Report on vaccination North-West Frontier Province 1904-1922 - 1904-1922
Year: 1904
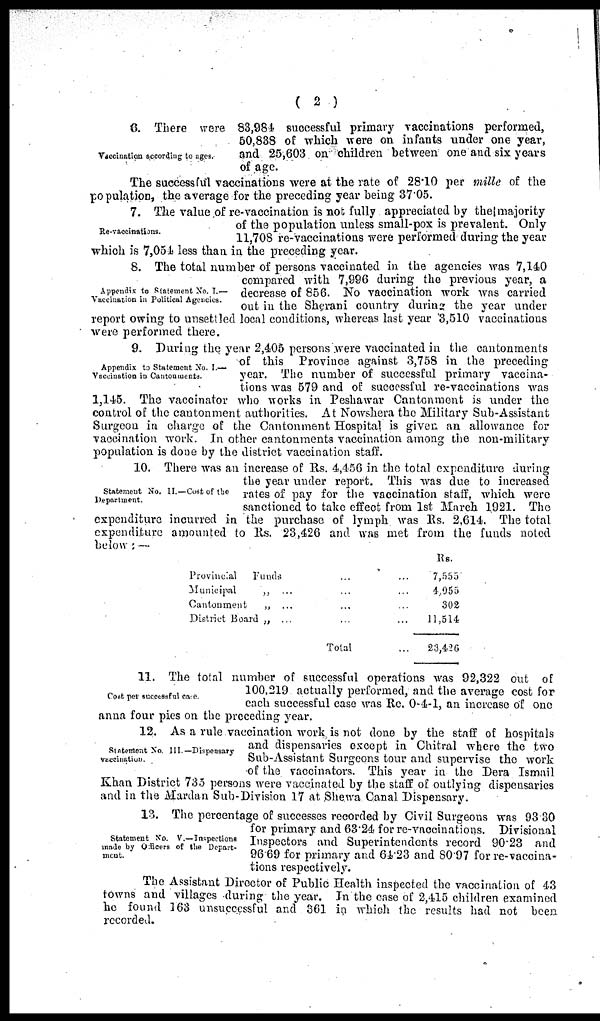
( 2 )
Vaccination according to ages.
6. There were 83,984 successful primary vaccinations performed,
50,838 of which were on infants under one year,
and 25,603 on children between one and six years
of age.
The successful vaccinations were at the rate of 28.10 per mille of the
population, the average for the preceding year being 37.05.
Re-vaccinations.
7. The value of re-vaccination is not fully appreciated by the majority
of the population unless small-pox is prevalent. Only
11,70S re-vaccinations were performed during the year
which is 7,054 less than in the preceding year.
Appendix to Statement No. I.—
Vaccination in Political Agencies.
8. The total number of persons vaccinated in the agencies was 7,140
compared with 7,996 during the previous year, a
decrease of 856. No vaccination work was carried
out in the Sherani country during the year under
report owing to unsettled local conditions, whereas last year 3,510 vaccinations
were performed there.
Appendix to Statement No. I.—
Vaccination in Cantonments.
9. During the year 2,405 persons were vaccinated in the cantonments
of this Province against 3,758 in the preceding
year. The number of successful primary vaccina-
tions was 579 and of successful re-vaccinations was
1,145. The vaccinator who works in Peshawar Cantonment is under the
control of the cantonment authorities. At Nowshera the Military Sub-Assistant
Surgeon in charge of the Cantonment Hospital is given an allowance for
vaccination work. In other cantonments vaccination among the non-military
population is done by the district vaccination staff.
Statement No. II. —Cost of the
Department.
10. There was an increase of Rs. 4,456 in the total expenditure during
the year under report. This was due to increased
rates of pay for the vaccination staff, which were
sanctioned to take effect from 1st March 1921. The
expenditure incurred in the purchase of lymph was Rs. 2,614. The total
expenditure amounted to Rs. 23,426 and was met from the funds noted
below :—
Provincial
Funds ... ...
Municipal
„ ... ... ...
Cantonment
„ ... ... ...
District Board „ ... ... ...
Total ...
Rs.
7,555
4,955
302
11,514
23,426
Cost per successful case.
11. The total number of successful operations was 92,322 out of
100,219 actually performed, and the average cost for
each successful case was Re. 0-4-1, an increase of one
anna four pies on the preceding year.
Statement No. III.— Dispensary
Vaccination.
12. As a rule vaccination work is not done by the staff of hospitals
and dispensaries except in Chitral where the two
Sub-Assistant Surgeons tour and supervise the work
of the vaccinators. This year in the Dera Ismail
Khan District 735 persons were vaccinated by the staff of outlying dispensaries
and in the Mardan Sub-Division 17 at Shewa Canal Dispensary.
Statement No. V.—Inspections
made by Officers of the Depart¬
ment.
13. The percentage of successes recorded by Civil Surgeons was 93.30
for primary and 63.24. for re-vaccinations. Divisional
Inspectors and Superintendents record 90.23 and
96.69 for primary and 64.23 and 80.97 for re-vaccina-
tions respectively.
The Assistant Director of Public Health inspected the vaccination of 43
towns and villages during the year. In the case of 2,415 children examined
he found 163 unsuccessful and 361 in which the results had not been
recorded.